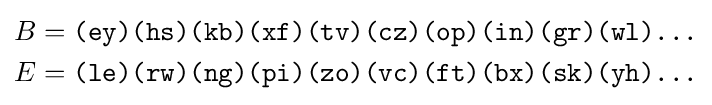
{\begin{aligned}B&={\texttt {(ey)(hs)(kb)(xf)(tv)(cz)(op)(in)(gr)(wl)...}}\\E&={\texttt {(le)(rw)(ng)(pi)(zo)(vc)(ft)(bx)(sk)(yh)...}}\\\end{aligned}}